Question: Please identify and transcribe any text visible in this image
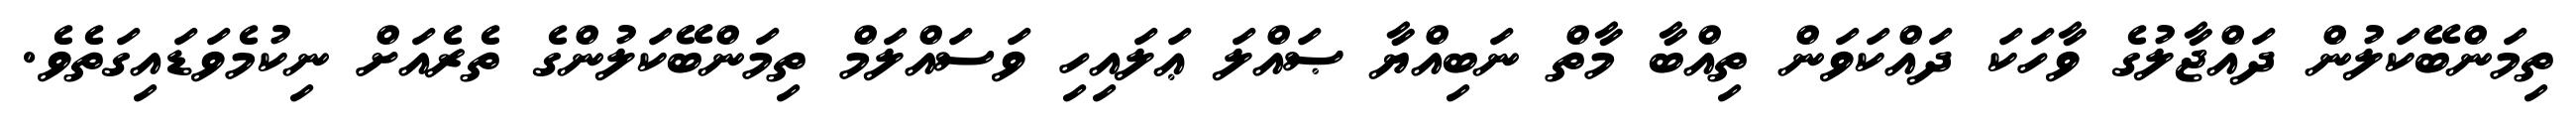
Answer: ތިމަންބޭކަލުން ދައްޖާލުގެ ވާހަކަ ދައްކަވަން ތިއްބާ މާތް ނަބިއްޔާ ޞައްލަ ޢަލައިހި ވަސައްލަމް ތިމަންބޭކަލުންގެ ތެރެއަށް ނިކުމެވަޑައިގަތެވެ.